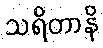
သရိတာနိ